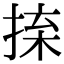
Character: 𢮕